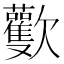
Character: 𣤾